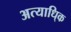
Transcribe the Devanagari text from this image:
अत्याधि्क